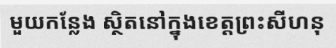
មួយកន្លែង ស្ថិតនៅក្នុងខេត្តព្រះសីហនុ